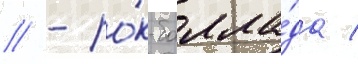
// - ро́к-балла́да /